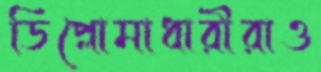
ডিপ্লোমাধারীরাও